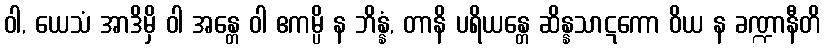
ဝါ, ယေသံ အာဒိမှိ ဝါ အန္တေ ဝါ ဧကမ္ပိ န ဘိန္နံ, တာနိ ပရိယန္တေ ဆိန္နသာဋကော ဝိယ န ခဏ္ဍာနီတိ